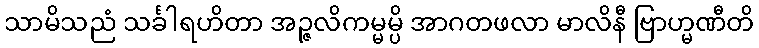
သာမိသညံ သင်္ခါရဟိတာ အဉ္ဇလိကမ္မမ္ပိ အာဂတဖလာ မာလိနီ ဗြာဟ္မဏီတိ